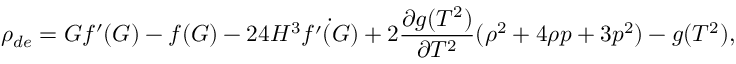
\rho _ { d e } = G f ^ { \prime } ( G ) - f ( G ) - 2 4 H ^ { 3 } \dot { f ^ { \prime } ( G ) } + 2 \frac { \partial g ( T ^ { 2 } ) } { \partial T ^ { 2 } } ( \rho ^ { 2 } + 4 \rho p + 3 p ^ { 2 } ) - g ( T ^ { 2 } ) ,